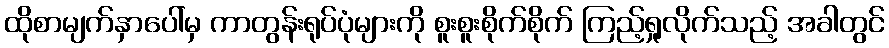
ထိုစာမျက်နှာပေါ်မှ ကာတွန်းရုပ်ပုံများကို စူးစူးစိုက်စိုက် ကြည့်ရှုလိုက်သည့် အခါတွင်